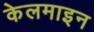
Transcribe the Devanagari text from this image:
केलमाइन